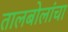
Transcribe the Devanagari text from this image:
तालबोलांचा